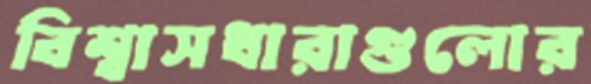
বিশ্বাসধারাগুলোর